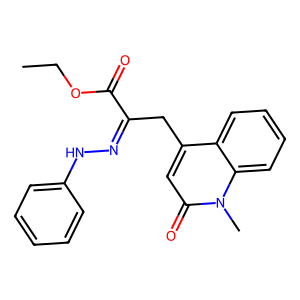
SMILES: CCOC(=O)C(Cc1cc(=O)n(C)c2ccccc12)=NNc1ccccc1
Inhibits HIV replication: No